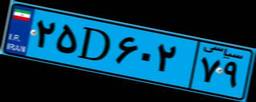
۲۵D۶۰۲۷۹